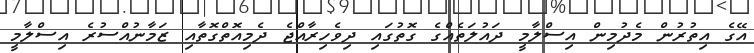
އޭގެ އިތުރުން މެދުމިން އިސްލާމީ ދައުލަތެއްގެ ގޮތުގައި ދިވެހިރާއްޖެ ދެމިއޮތްގޮތާއި ޒަމާނުއްސުރެ އިސްލާމީ